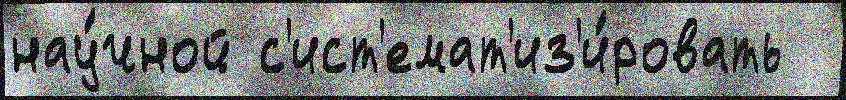
нау́чной с'ист'емат'из'и́ровать